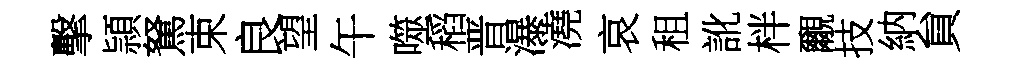
擊頴駑束良望午噬稻晋瀑澆哀租訛柈覼技納貟